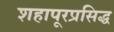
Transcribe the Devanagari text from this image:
शहापूरप्रसिद्ध